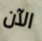
الآن